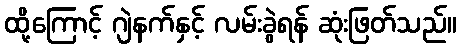
ထို့ကြောင့် ဂျဲနက်နှင့် လမ်းခွဲရန် ဆုံးဖြတ်သည်။